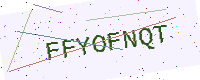
Text: FFYOFNQT